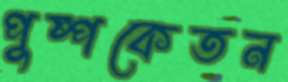
পুষ্পকেতন